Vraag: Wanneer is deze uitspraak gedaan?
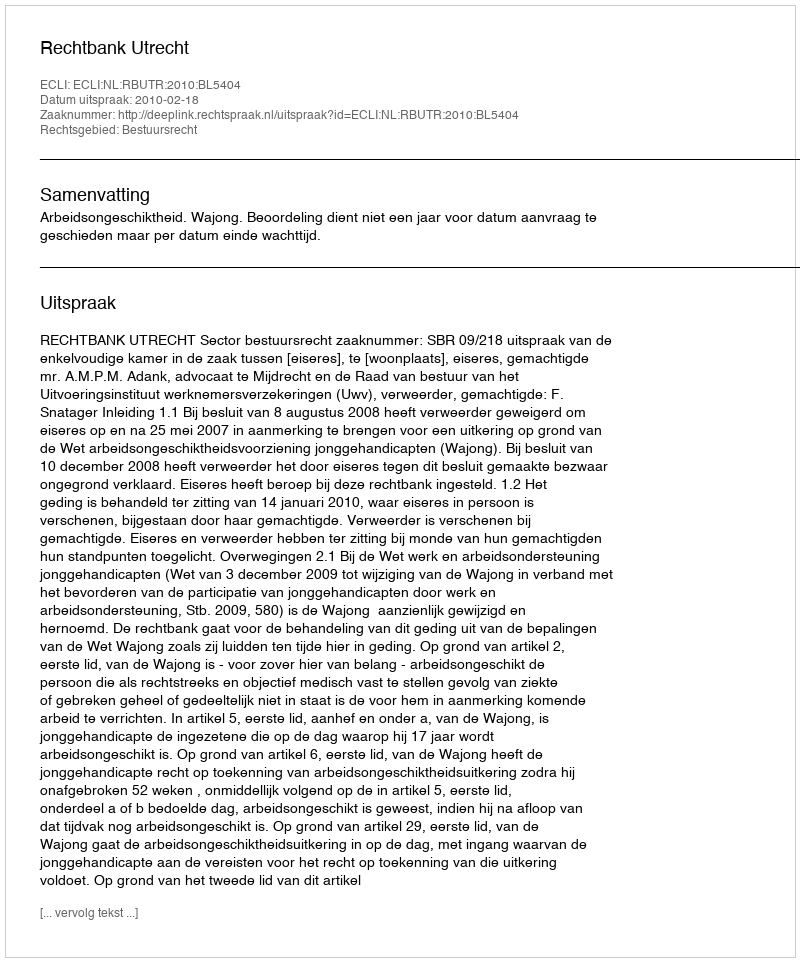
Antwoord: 2010-02-18